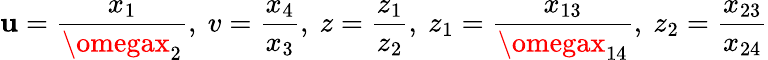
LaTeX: \mathbf{u}=\frac{{x_{1}}}{{\omegax_{2}}},~v=\frac{{x_{4}}}{{x_{3}}},~z=\frac{{z_{1}}}{{z_{2}}},~z_{1}=\frac{{x_{13}}}{{\omegax_{14}}},~z_{2}=\frac{{x_{23}}}{{x_{24}}}